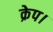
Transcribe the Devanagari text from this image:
क्रेप।